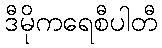
ဒီမိုကရေစီပါတီ